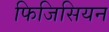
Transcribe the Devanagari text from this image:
फिजिसियन